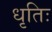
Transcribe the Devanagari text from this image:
धृतिः